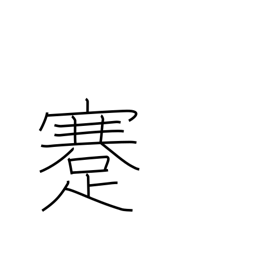
Meaning: cripple